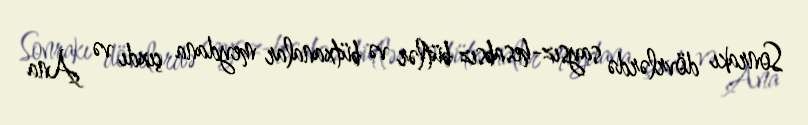
Sonrakı dövrlərdə saysız-hesabsız bütlər və bütxanalar meydana çıxdı və Ana